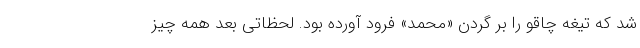
شد که تیغه چاقو را بر گردن «محمد» فرود آورده بود. لحظاتی بعد همه چیز